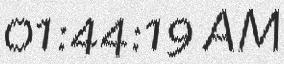
01:44:19 AM